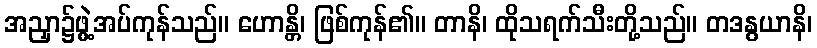
အညှာ၌ဖွဲ့အပ်ကုန်သည်။ ဟောန္တိ၊ ဖြစ်ကုန်၏။ တာနိ၊ ထိုသရက်သီးတို့သည်။ တဒနွယာနိ၊